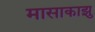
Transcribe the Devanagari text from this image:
मासाकाझु